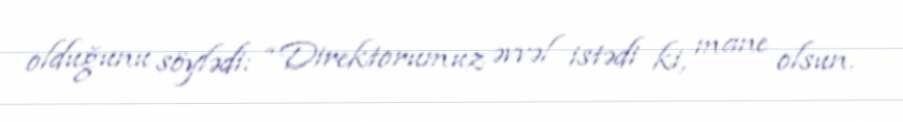
olduğunu söylədi: “Direktorumuz əvvəl istədi ki, mane olsun.